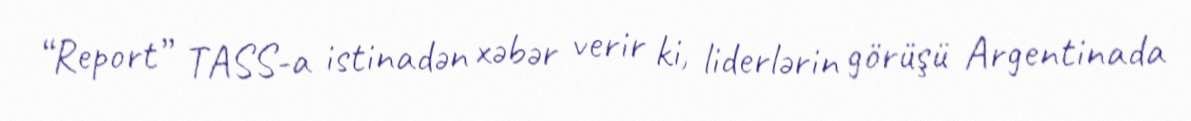
“Report” TASS-a istinadən xəbər verir ki, liderlərin görüşü Argentinada